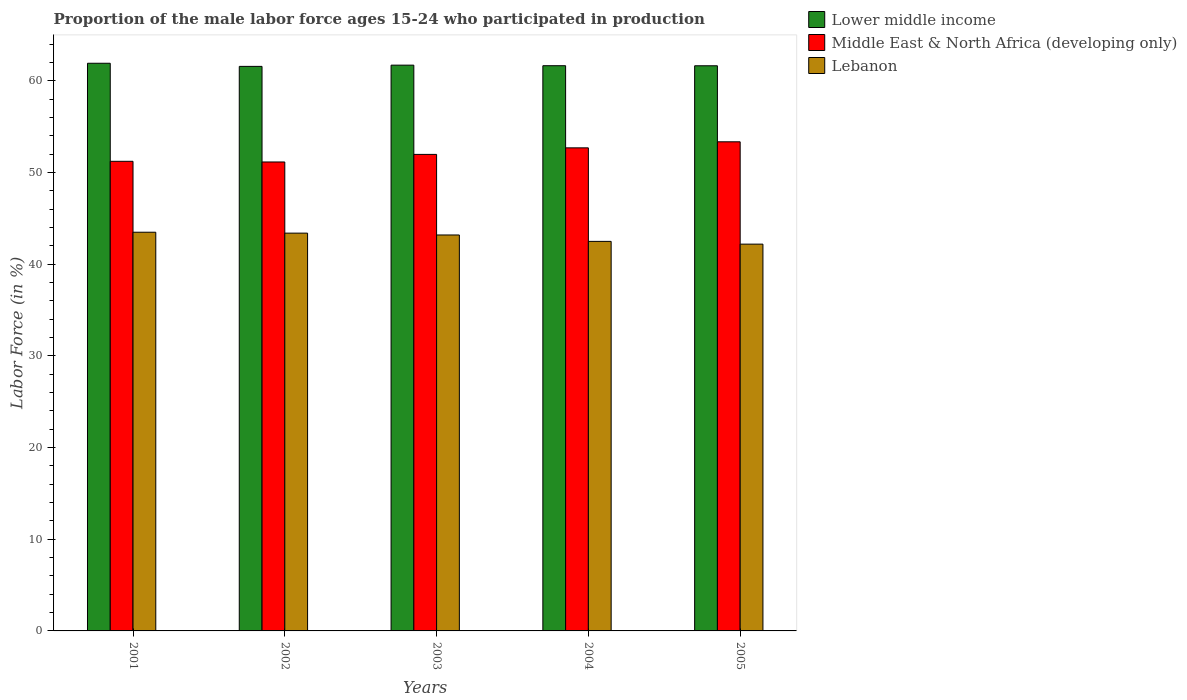
| Years | Lower middle income | Middle East & North Africa (developing only) | Lebanon |
 | --- | --- | --- | --- |
 | 2001 | 61.9 | 51.2 | 43.5 |
 | 2002 | 61.6 | 51.2 | 43.4 |
 | 2003 | 61.7 | 52 | 43.2 |
 | 2004 | 61.7 | 52.7 | 42.5 |
 | 2005 | 61.7 | 53.4 | 42.2 |